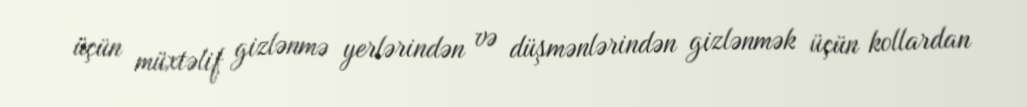
üçün müxtəlif gizlənmə yerlərindən və düşmənlərindən gizlənmək üçün kollardan